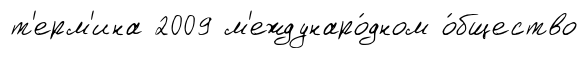
т'ерм'ина 2009 м'еждунаро́дном о́бщество